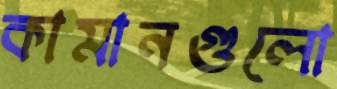
কামানগুলো